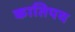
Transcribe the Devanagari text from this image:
कातिपय